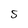
Character: S